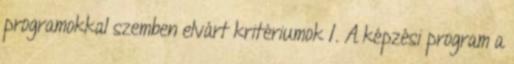
programokkal szemben elvárt kritériumok 1. A képzési program a